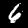
Digit: 6